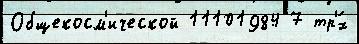
Общекосм'ической 11101984 7 тр'́х